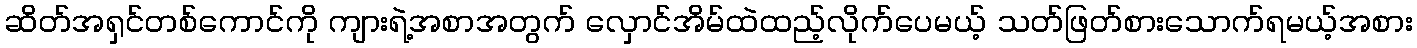
ဆိတ်အရှင်တစ်ကောင်ကို ကျားရဲ့အစာအတွက် လှောင်အိမ်ထဲထည့်လိုက်ပေမယ့် သတ်ဖြတ်စားသောက်ရမယ့်အစား